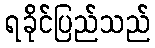
ရခိုင်ပြည်သည်